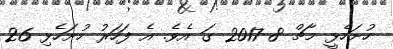
ހުށަހެޅީ މާޗް 8 2017 ގަ އެވެ. އެ ފަހަރު ހުށަހެޅި 26